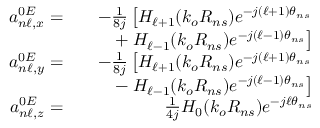
\begin{array} { r l r } { a _ { n \ell , x } ^ { 0 E } = } & { } & { - \frac { 1 } { 8 j } \left[ H _ { \ell + 1 } ( k _ { o } R _ { n s } ) e ^ { - j ( \ell + 1 ) \theta _ { n s } } \right. } \\ & { } & { + \left. H _ { \ell - 1 } ( k _ { o } R _ { n s } ) e ^ { - j ( \ell - 1 ) \theta _ { n s } } \right] } \\ { a _ { n \ell , y } ^ { 0 E } = } & { } & { - \frac { 1 } { 8 j } \left[ H _ { \ell + 1 } ( k _ { o } R _ { n s } ) e ^ { - j ( \ell + 1 ) \theta _ { n s } } \right. } \\ & { } & { - \left. H _ { \ell - 1 } ( k _ { o } R _ { n s } ) e ^ { - j ( \ell - 1 ) \theta _ { n s } } \right] } \\ { a _ { n \ell , z } ^ { 0 E } = } & { } & { \frac { 1 } { 4 j } H _ { 0 } ( k _ { o } R _ { n s } ) e ^ { - j \ell \theta _ { n s } } } \end{array}